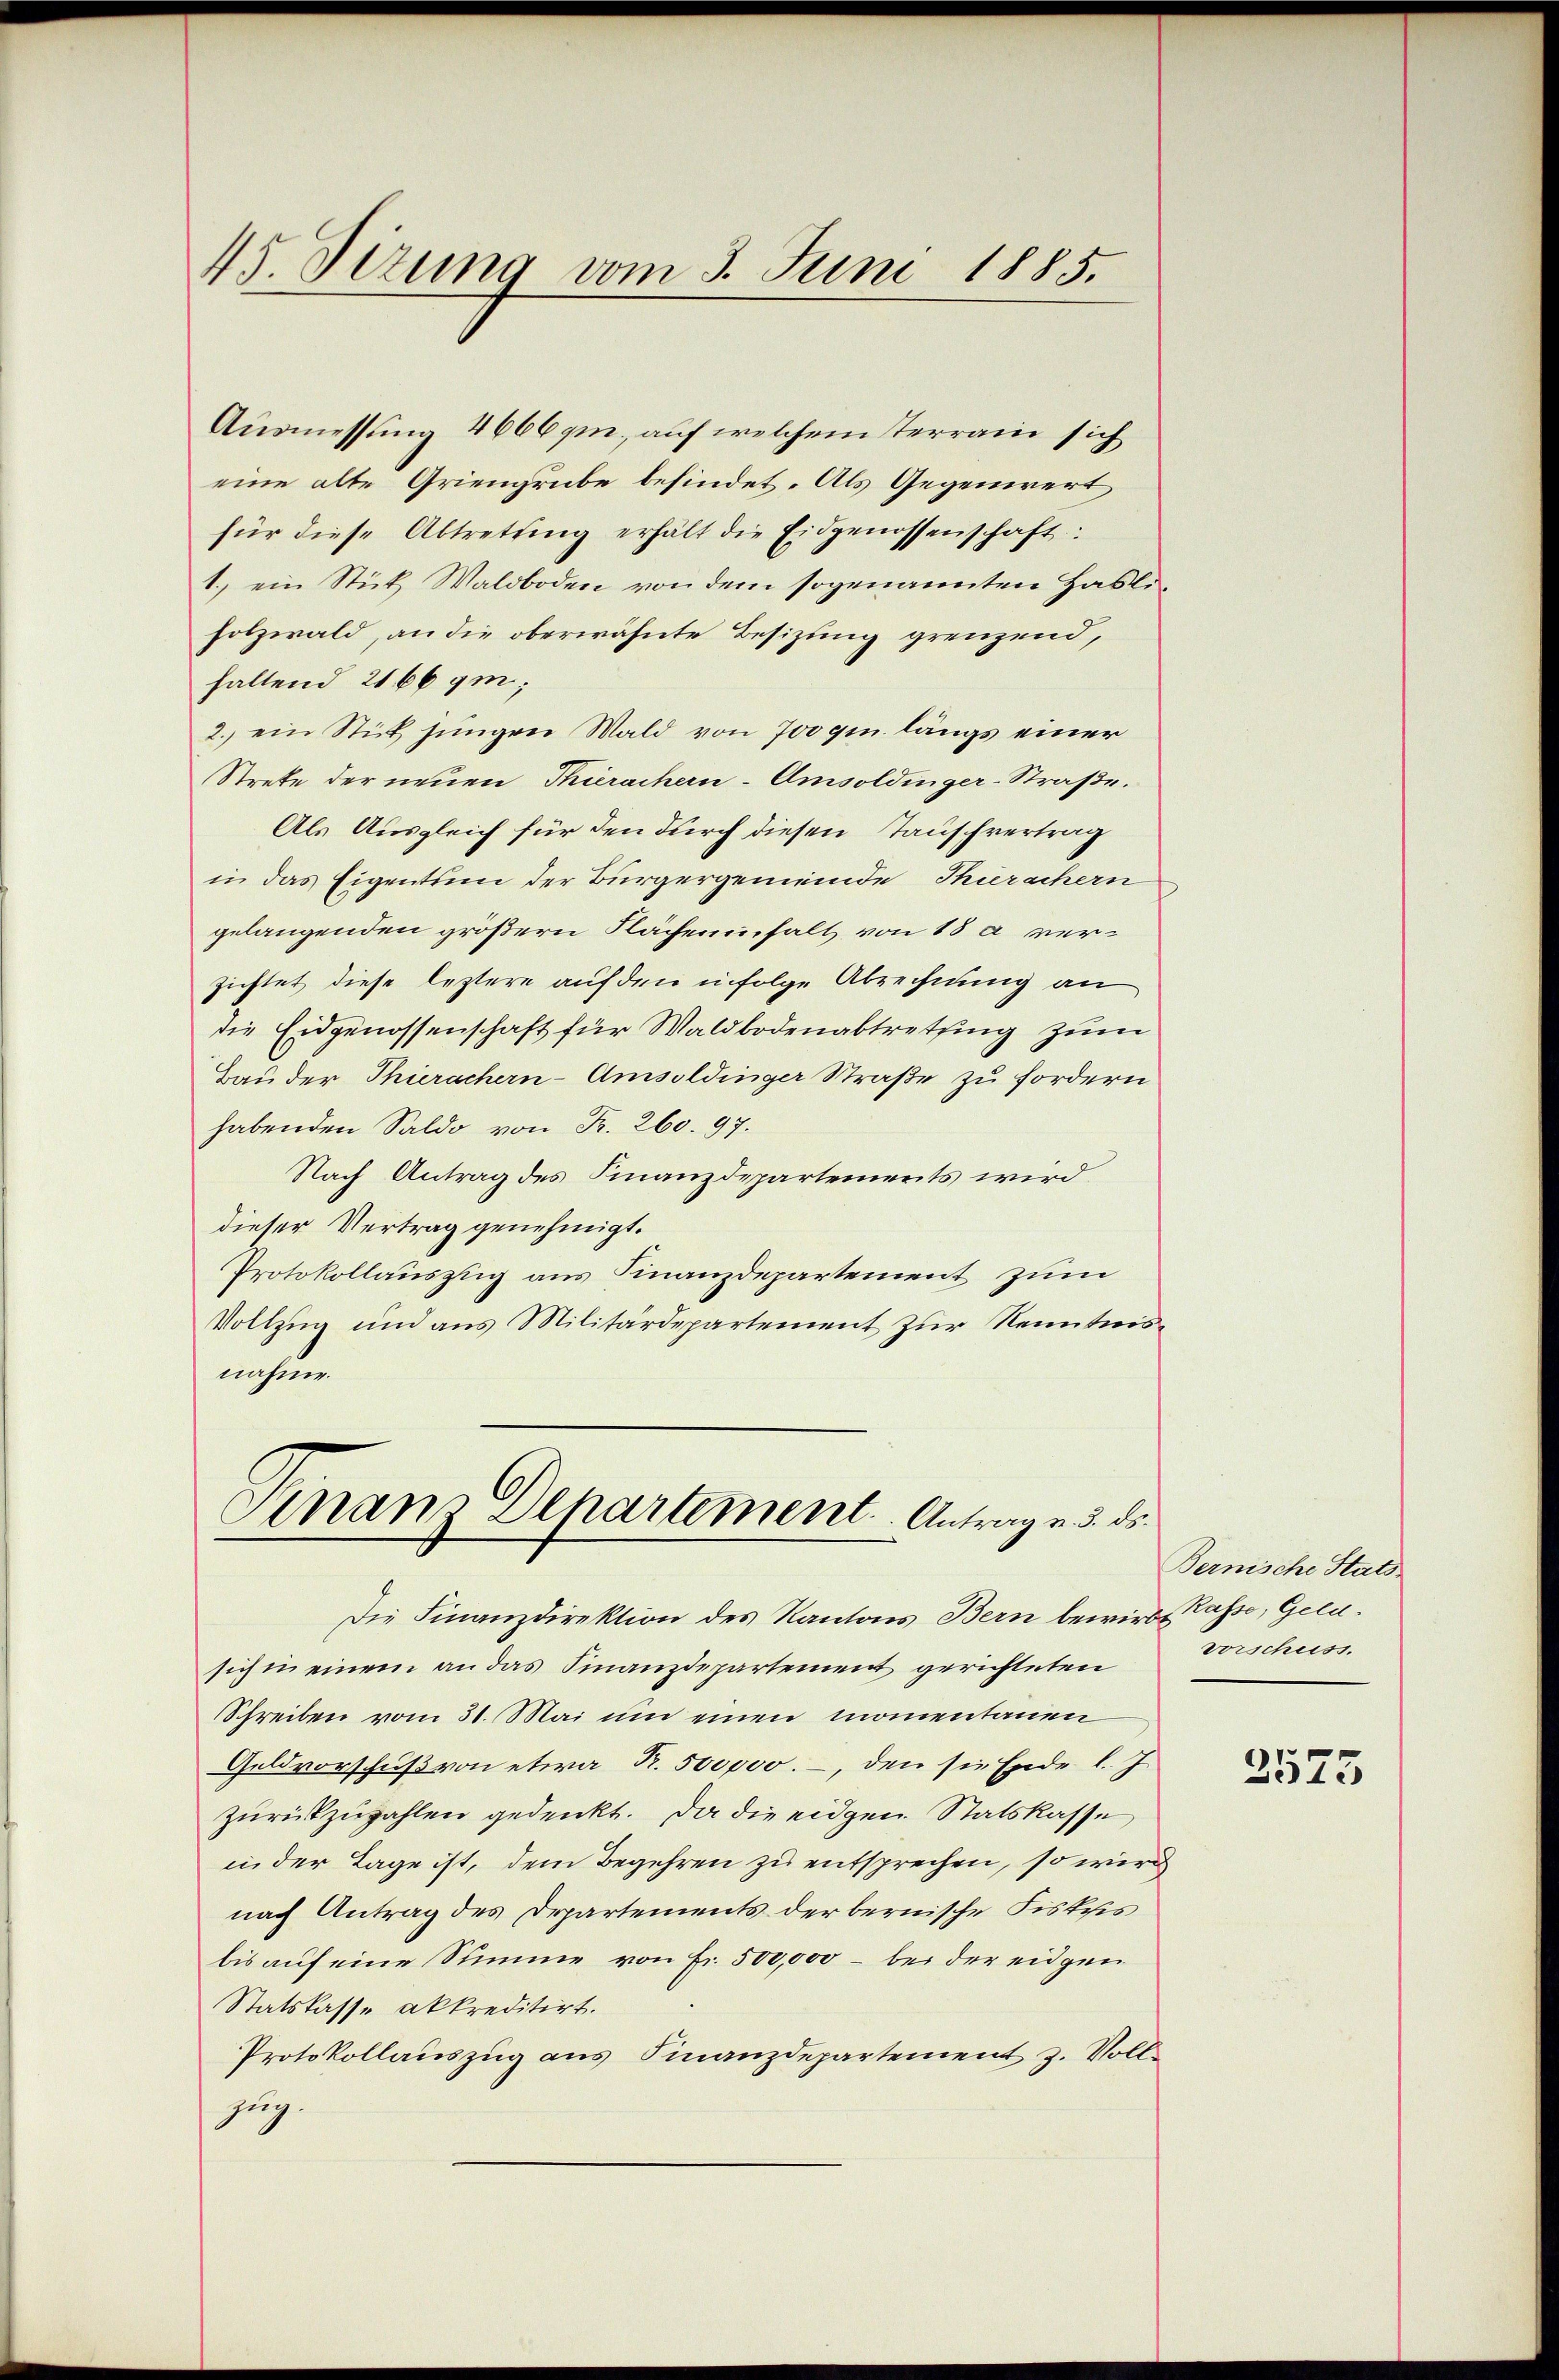
15 Sizung vom 3. Juni 1885.

Ausmessung 4666gm., auf welchem terrain sich
eine alte Griengrube befindet. Als Gegenwert
für diese Abtrettung erhält die Eidgenossenschaft:
1.) ein Stück Waldboden von dem sogenannten Haslifolzwald, an die oberwähnte Besizung grenzend,
haltend 2166 ym;
2. ein Stück jungen Wald von 700 qm längs einer
Strete der neuen Thierachern-Amsoldinger-Straße.
Als Ausgleich für den durch diesen Tauschvertrag
in das Eigentum der Bürgergemeinde Thürachern
gelangenden größern Nächeninhalt von 18 a verzichtet diese leztere auf den infolge Abrechnung an
die Eidgenossenschaft für Waldbodenabtretting zum
Bau der Thierachern-Amsoldinger Straße zu fordern
habenden Saldo von Fr. 260. 97.
Nach Antrag des Finanzdepartements wird
dieser Vertrag genehmigt.
Protokollauszug aus Finanzdepartement zum
Vollzug und aus Militärdepartement zur Kenntnis
nahme.

Finanz Departement. Antrag u. 3. ds.

Die Finanzdirektion des Kantons Bern bewird Casse, Gelesiche einem an das Finanzdepartement gerichteten
Schreiben vom 31. Mai um einen momentanen
Geldvorschuß von etwa R. 500000. –, den sie Ende l. J.
zurückzuzahlen gedenkt. Da die eidgen. Statskasse
in der Tage ist, dem Begehren zu entsprechen, so wird
nach Antrag des Departements der bernische Fiskusis
bis auf eine Stimme von Fr. 500,000 – bei der eidgen
Statskasse akkreditirt.
Protokollauszug aus Finanzdepartement z. Vollzug.

Bernische Stats
vorschuss.

2575